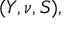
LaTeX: ( Y , \nu , S ) ,